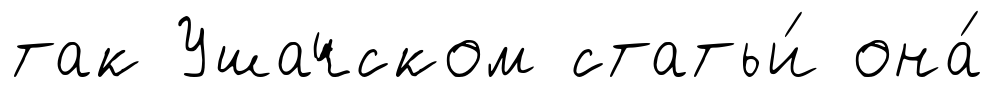
так Ушачском статьи́ она́